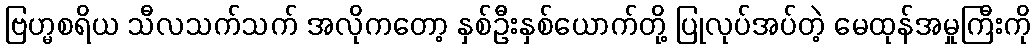
ဗြဟ္မစရိယ သီလသက်သက် အလိုကတော့ နှစ်ဦးနှစ်ယောက်တို့ ပြုလုပ်အပ်တဲ့ မေထုန်အမှုကြီးကို